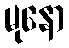
မုနော